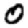
Digit: 0